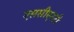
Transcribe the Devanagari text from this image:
एससीएनटी